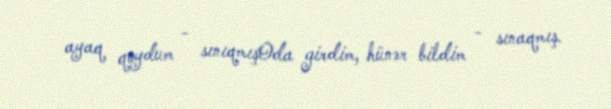
ayaq qoydum - sınıqmışOda girdim, hünər bildim - sınaqmış.